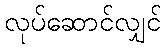
လုပ်ဆောင်လျှင်